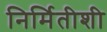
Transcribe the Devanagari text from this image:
निर्मितीशी